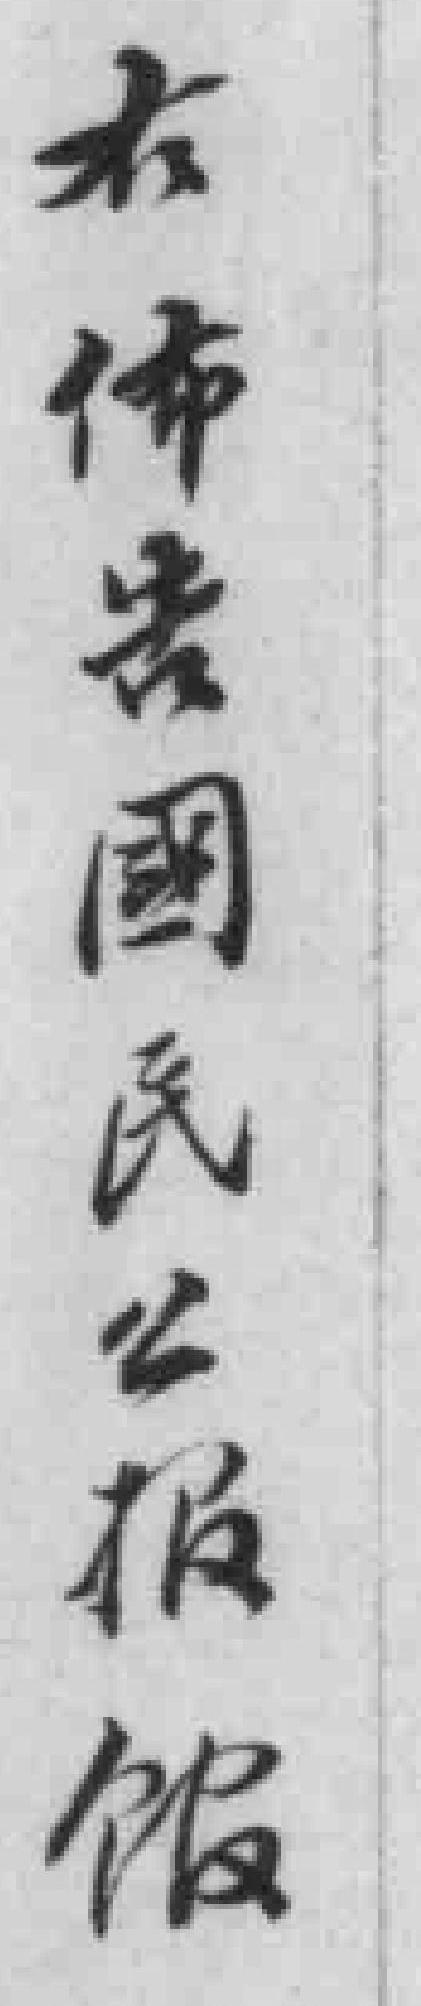
右佈告國民公報館